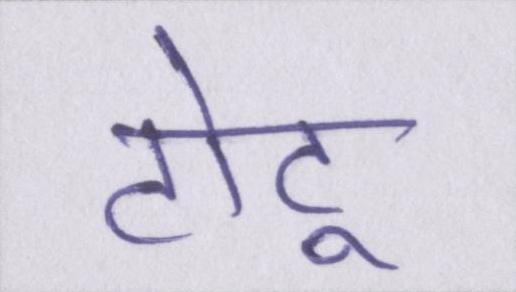
टोटू